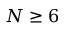
N \geq 6